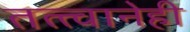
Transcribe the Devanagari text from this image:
तत्त्वानेही